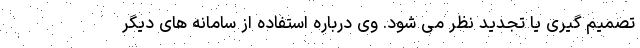
تصمیم گیری یا تجدید نظر می شود. وی درباره استفاده از سامانه های دیگر